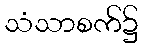
သံသာစက်၌